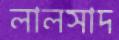
লালসাদ